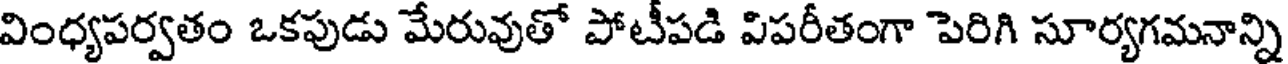
వింధ్యపర్వతం ఒకపుడు మేరువుతో పోటీపడి విపరీతంగా పెరిగి సూర్యగమనాన్ని